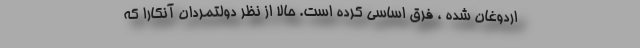
اردوغان شده ، فرق اساسی کرده است. حالا از نظر دولتمردان آنکارا که